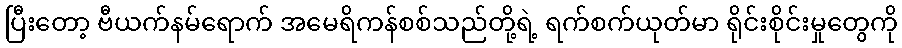
ပြီးတော့ ဗီယက်နမ်ရောက် အမေရိကန်စစ်သည်တို့ရဲ့ ရက်စက်ယုတ်မာ ရိုင်းစိုင်းမှုတွေကို